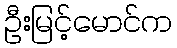
ဦးမြင့်မောင်က